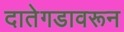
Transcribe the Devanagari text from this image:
दातेगडावरून